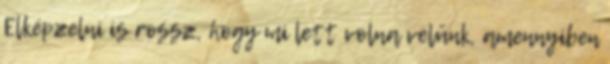
Elképzelni is rossz, hogy mi lett volna velünk, amennyiben